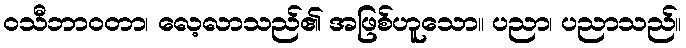
ဝသီဘာဝတာ၊ လေ့လာသည်၏ အဖြစ်ဟူသော။ ပညာ၊ ပညာသည်။